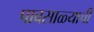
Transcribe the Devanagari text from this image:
पावसाळ्याची